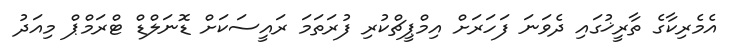
އެމެރިކާގެ ތާރީޚުގައި ދެވަނަ ފަހަރަށް އިމްޕީޗްކުރި ފުރަތަމަ ރައީސަކަށް ޑޮނަލްޑް ޓްރަމްޕް މިއަދު